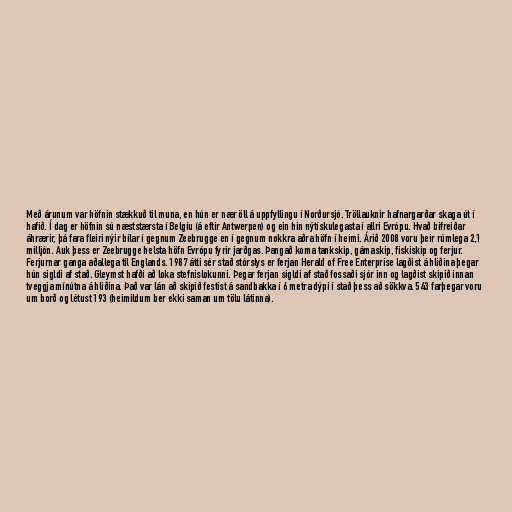
Með árunum var höfnin stækkuð til muna, en hún er nær öll á uppfyllingu í Norðursjó. Tröllauknir hafnargarðar skaga út í
hafið. Í dag er höfnin sú næststærsta í Belgíu (á eftir Antwerpen) og ein hin nýtískulegasta í allri Evrópu. Hvað bifreiðar
áhrærir, þá fara fleiri nýir bílar í gegnum Zeebrugge en í gegnum nokkra aðra höfn í heimi. Árið 2008 voru þeir rúmlega 2,1
milljón. Auk þess er Zeebrugge helsta höfn Evrópu fyrir jarðgas. Þangað koma tankskip, gámaskip, fiskiskip og ferjur.
Ferjurnar ganga aðallega til Englands. 1987 átti sér stað stórslys er ferjan Herald of Free Enterprise lagðist á hliðina þegar
hún sigldi af stað. Gleymst hafði að loka stefnislokunni. Þegar ferjan sigldi af stað fossaði sjór inn og lagðist skipið innan
tveggja mínútna á hliðina. Það var lán að skipið festist á sandbakka í 6 metra dýpi í stað þess að sökkva. 543 farþegar voru
um borð og létust 193 (heimildum ber ekki saman um tölu látinna).